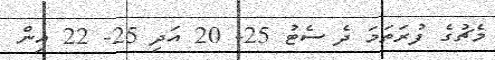
މެޗުގެ ފުރަތަމަ ދެ ސެޓު 25- 20 އަދި 25- 22 އިން